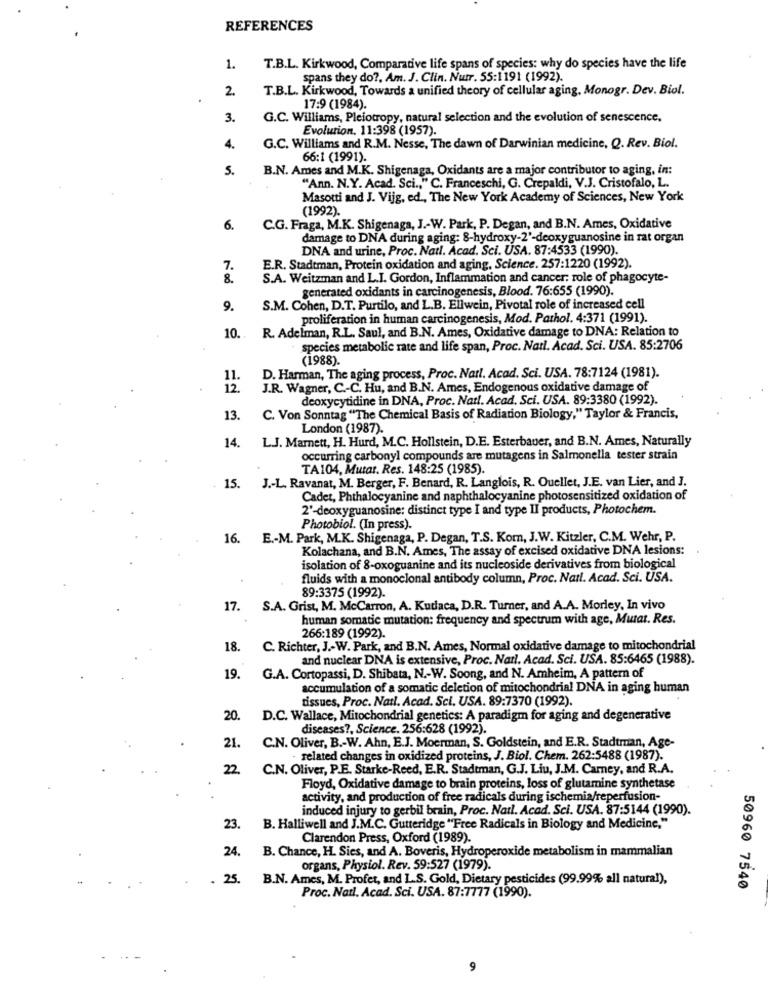
REFERENCES
1.
T.B.L. Kirkwood, Comparative life spans of species: why do species have the life
spans they do ?, Am. J. Clin. Nutr. 55:1191 (1992).
2
T.B.L. Kirkwood, Towards a unified theory of cellular aging, Monogr. Dev. Biol.
17:9 (1984).
3.
G.C. Williams, Pleiotropy, natural selection and the evolution of senescence.
Evolution. 11:398 (1957).
4.
G.C. Williams and R.M. Nesse, The dawn of Darwinian medicine, Q. Rev. Biol.
66:1 (1991).
5.
B.N. Ames and M.K. Shigenaga, Oxidants are a major contributor to aging, in:
"Ann. N.Y. Acad. Sci ., " C. Franceschi, G. Crepaldi, V.J. Cristofalo, L.
Masotti and J. Vijg, ed ., The New York Academy of Sciences, New York
(1992).
6.
C.G. Fraga, M.K. Shigenaga, J .- W. Park, P. Degan, and B.N. Ames, Oxidative
damage to DNA during aging: 8-hydroxy-2'-deoxyguanosine in rat organ
DNA and urine, Proc. Natl. Acad. Sci. USA. 87:4533 (1990).
7.
E.R. Stadtman, Protein oxidation and aging, Science. 257:1220 (1992).
8.
S.A. Weitzman and L.I. Gordon, Inflammation and cancer: role of phagocyte-
generated oxidants in carcinogenesis, Blood. 76:655 (1990).
9.
S.M. Cohen, D.T. Purtilo, and L.B. Ellwein, Pivotal role of increased cell
proliferation in human carcinogenesis, Mod. Pathol. 4:371 (1991).
R. Adelman, R.L. Saul, and B.N. Ames, Oxidative damage to DNA: Relation to
10 ..
species metabolic rate and life span, Proc. Natl. Acad. Sci. USA. 85:2706
(1988).
D. Harman, The aging process, Proc. Natl. Acad. Sci. USA. 78:7124 (1981).
11.
12
J.R. Wagner, C .- C. Hu, and B.N. Ames, Endogenous oxidative damage of
deoxycytidine in DNA, Proc. Natl. Acad. Sci. USA. 89:3380 (1992).
13.
C. Von Sonntag "The Chemical Basis of Radiation Biology," Taylor & Francis,
London (1987).
14.
L.J. Marnett, H. Hurd, M.C. Hollstein, D.E. Esterbauer, and B.N. Ames, Naturally
occurring carbonyl compounds are mutagens in Salmonella tester strain
TA104, Mutar. Res. 148:25 (1985).
15. J .- L. Ravanat, M. Berger, F. Benard, R. Langlois, R. Ouellet, J.E. van Lier, and J.
Cadet, Phthalocyanine and naphthalocyanine photosensitized oxidation of
2'-deoxyguanosine: distinct type I and type II products, Photochem.
Photobiol. (In press).
16. E .- M. Park, M.K. Shigenaga, P. Degan, T.S. Kom, J.W. Kitzler, C.M. Wehr, P.
Kolachana, and B.N. Ames, The assay of excised oxidative DNA lesions:
isolation of 8-oxoguanine and its nucleoside derivatives from biological
fluids with a monoclonal antibody column, Proc. Natl. Acad. Sci. USA.
89:3375 (1992).
17.
S.A. Grist, M. McCarron, A. Kudaca, D.R. Turner, and A.A. Morley, In vivo
human somatic mutation: frequency and spectrum with age, Murat. Res.
266:189 (1992).
18.
C. Richter, J .- W. Park, and B.N. Ames, Normal oxidative damage to mitochondrial
and nuclear DNA is extensive, Proc. Natl. Acad. Sci. USA. 85:6465 (1988).
19.
G.A. Cortopassi, D. Shibata, N .- W. Soong, and N. Amheim, A pattern of
accumulation of a somatic deletion of mitochondrial DNA in aging human
tissues, Proc. Natl. Acad. Sci. USA. 89:7370 (1992).
20.
D.C. Wallace, Mitochondrial genetics: A paradigm for aging and degenerative
diseases ?, Science. 256:628 (1992)
21.
C.N. Oliver, B .- W. Ahn, E.J. Moerman, S. Goldstein, and E.R. Stadtman, Age-
- related changes in oxidized proteins, J. Biol. Chem. 262:5488 (1987).
22
C.N. Oliver, P.E. Starke-Reed, E.R. Stadtman, G.J. Liu, J.M. Carey, and R.A.
Floyd, Oxidative damage to brain proteins, loss of glutamine synthetase
activity, and production of free radicals during ischemia/reperfusion-
induced injury to gerbil brain, Proc. Natl. Acad. Sci. USA. 87:5144 (1990).
23.
B. Halliwell and J.M.C. Gutteridge "Free Radicals in Biology and Medicine,"
Clarendon Press, Oxford (1989).
24.
B. Chance, H. Sies, and A. Boveris, Hydroperoxide metabolism in mammalian
organs, Physiol. Rev. 59:527 (1979).
25.
B.N. Ames, M. Profet, and L.S. Gold, Dietary pesticides (99.99% all natural),
50960 7540
Proc. Natl. Acad. Sci. USA. 87:7777 (1990).
9